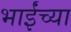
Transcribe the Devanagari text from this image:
भाईंच्या